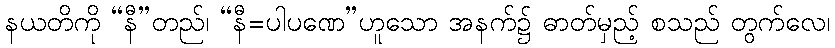
နယတိကို “နီ”တည်၊ “နီ=ပါပဏေ”ဟူသော အနက်၌ ဓာတ်မှည့် စသည် တွက်လေ၊